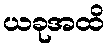
ယခုအထိ